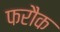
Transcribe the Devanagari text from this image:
फरौक